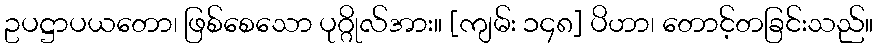
ဥပဋ္ဌာပယတော၊ ဖြစ်စေသော ပုဂ္ဂိုလ်အား။ [ကျမ်း ၁၄၈] ပိဟာ၊ တောင့်တခြင်းသည်။